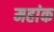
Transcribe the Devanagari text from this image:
महांक